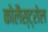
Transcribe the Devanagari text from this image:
कोलैस्ट्रोल